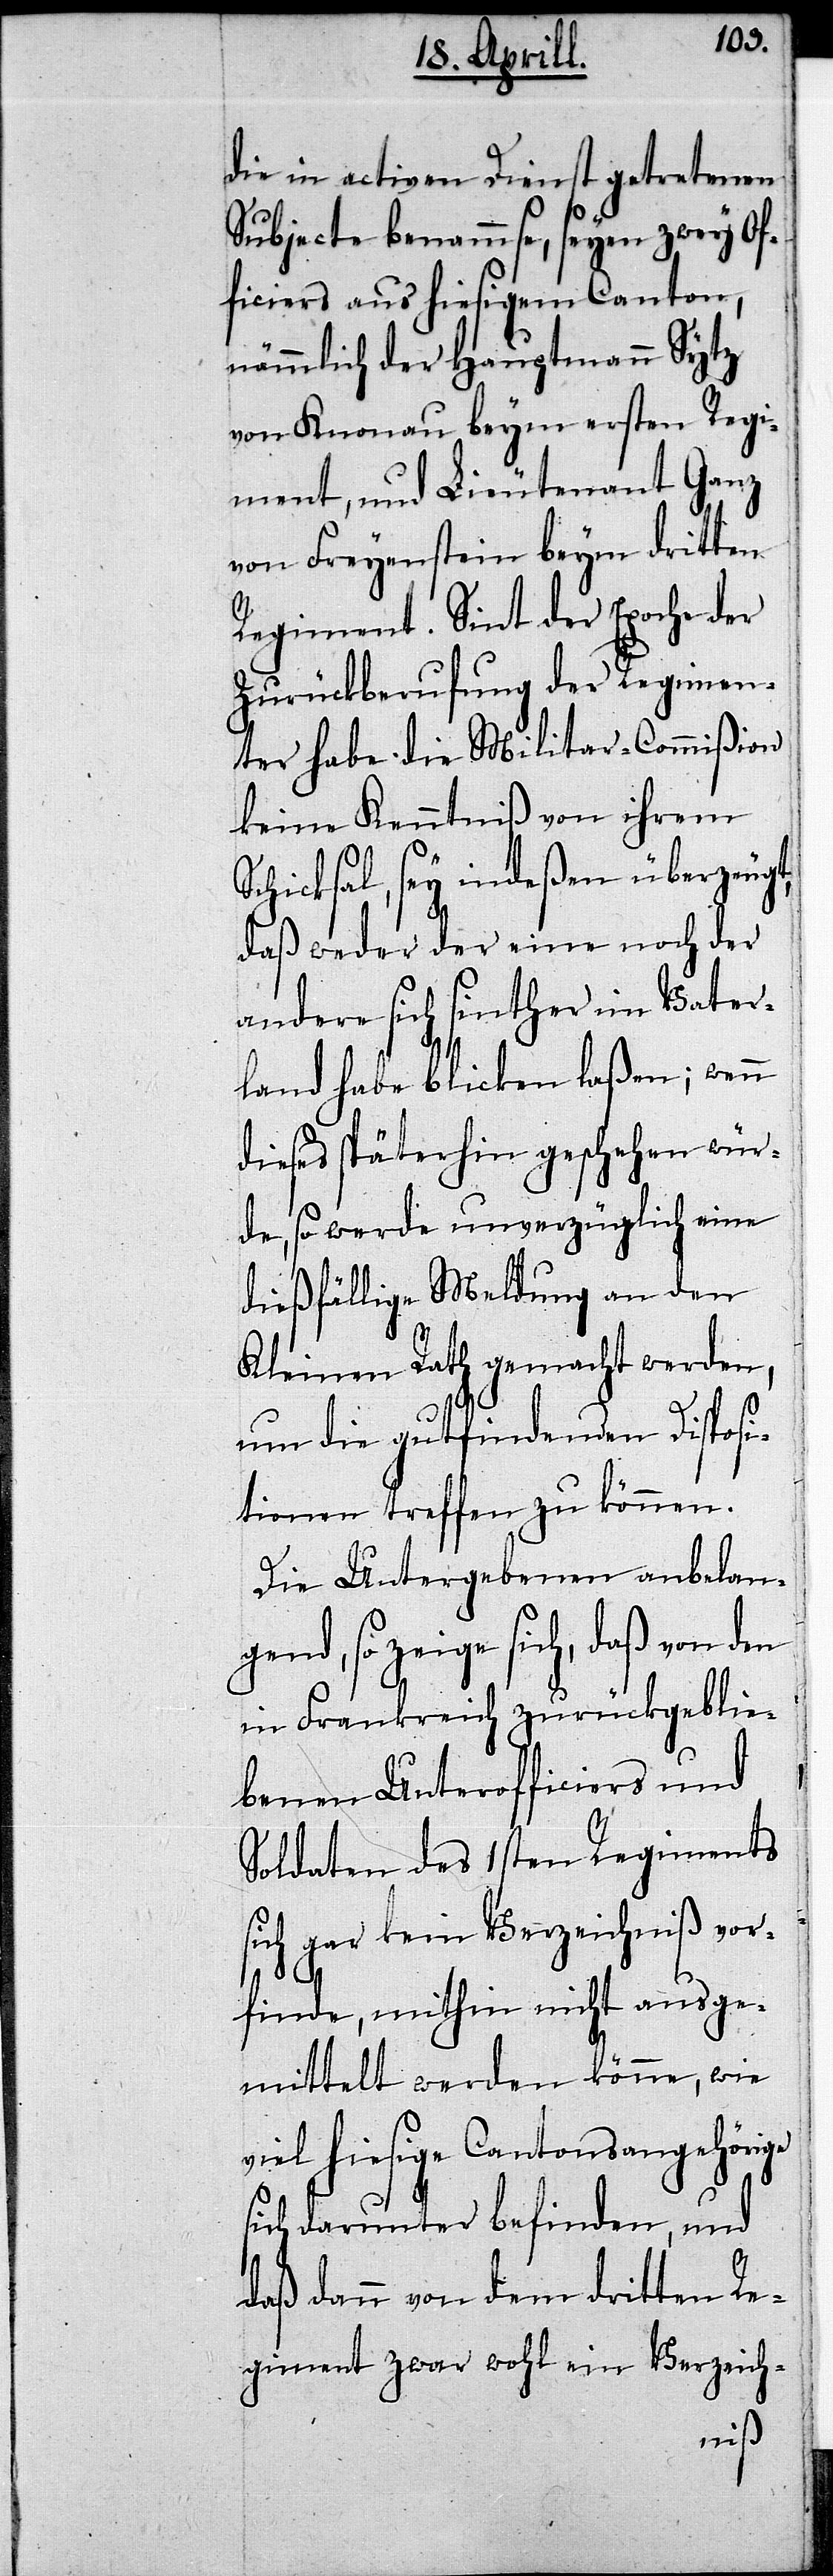
die in activen Dienst getretenen
Subjecte benammse, seyen zwey Of¬
ficiers aus hiesigem Canton,
nämmlich der Hauptmann Sytz
von Knonau beym ersten Regi¬
ment, und Lieutenant Ganz
von Freyenstein beym dritten
Regiment. Sint der Epoche der
Zurückberufung der Regimen¬
ter habe die Militar-Commißion
keine Kenntniß von ihrem
Schicksal, sey indeßen überzeugt,
daß weder der eine noch der
andere sich sinther im Vater¬
land habe blicken laßen; wenn
dieses späterhin geschehen wür¬
de, so werde unverzüglich eine
dießfällige Meldung an den
Kleinen Rath gemacht werden,
um die gutfindenden Disposi¬
tionen treffen zu können.
Die Untergebenen anbelan¬
gend, so zeige sich, daß
in Frankreich zurückgeblie¬
benen Unterofficiers und
Soldaten des 1sten Regiments
sich gar kein Verzeichniß vor¬
finde, mithin nicht ausge¬
mittelt werden könne, wie
viel hiesige Cantonsangehörige
sich darunter befinden, und
daß dann von dem dritten Re¬
giment zwar wohl ein Verzeich-